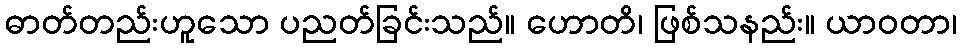
ဓာတ်တည်းဟူသော ပညတ်ခြင်းသည်။ ဟောတိ၊ ဖြစ်သနည်း။ ယာဝတာ၊